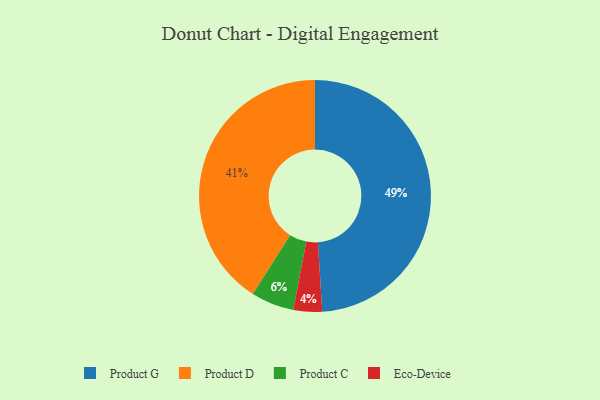
{"axis": {"x": "Category", "y": "Percentage"}, "legend": ["Eco-Device", "Product C", "Product D", "Product G"], "data": [{"x": "Product G", "y": 49, "type": "Product G"}, {"x": "Product D", "y": 41, "type": "Product D"}, {"x": "Product C", "y": 6, "type": "Product C"}, {"x": "Eco-Device", "y": 4, "type": "Eco-Device"}]}